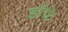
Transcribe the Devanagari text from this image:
डाँफे